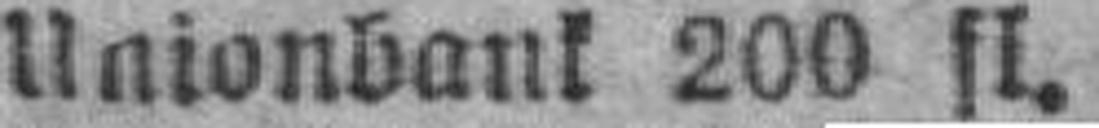
Unionbank 200 fl.